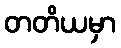
တတိယမှာ